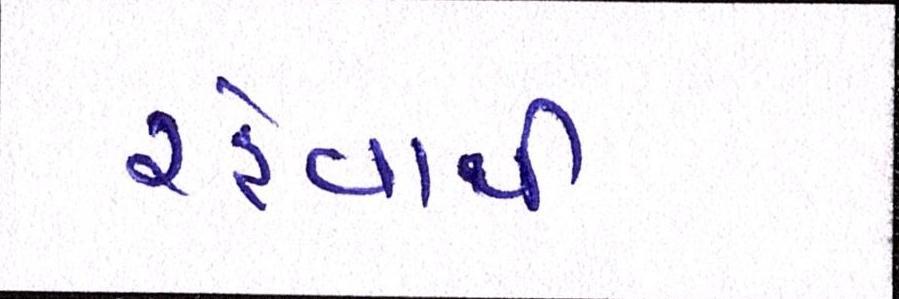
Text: રહેવાથી